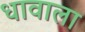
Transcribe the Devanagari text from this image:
धावाला